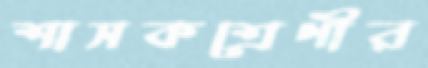
শাসকশ্রেণীর